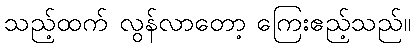
သည့်ထက် လွန်လာတော့ ကြေးဧည့်သည်။